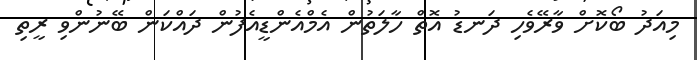
މިއަދު ބޯކޮށް ވާރޭވެހި ދަނޑު އޮތް ހާލަތުން އެމްއެންޑީއެފުން ދައްކަން ބޭނުންވި ރީތި